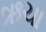
ઋચા